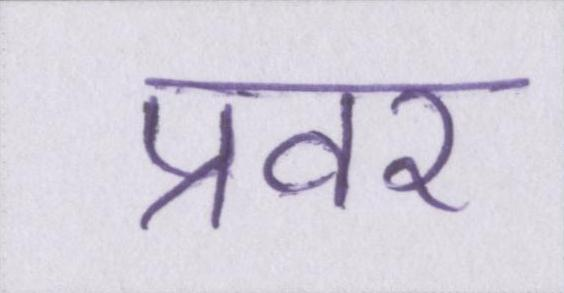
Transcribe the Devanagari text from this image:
प्रवर